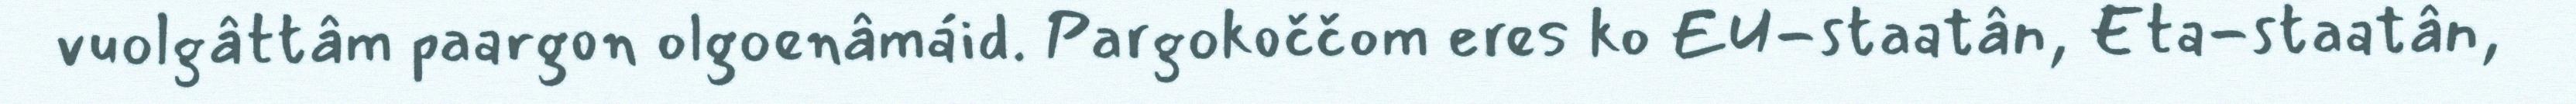
vuolgâttâm paargon olgoenâmáid. Pargokoččom eres ko EU-staatân, Eta-staatân,